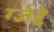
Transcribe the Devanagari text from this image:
ग्जेद्दे